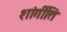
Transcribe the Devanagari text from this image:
शांर्गीति